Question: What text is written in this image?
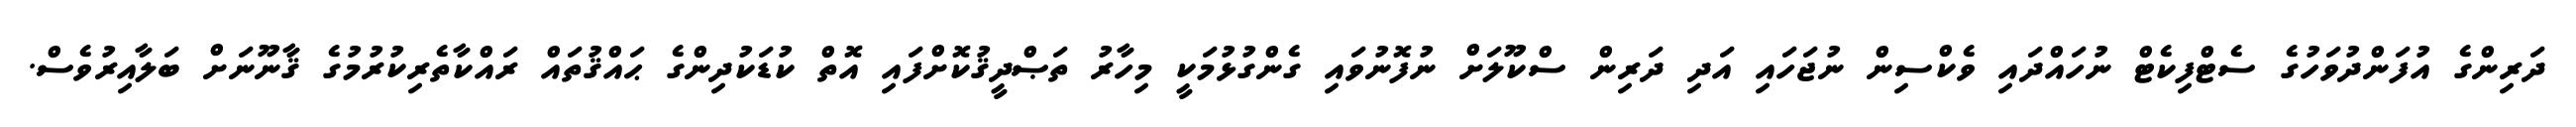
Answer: ދަރިންގެ އުފަންދުވަހުގެ ސެޓްފިކެޓް ނުހައްދައި ވެކްސިން ނުޖަހައި އަދި ދަރިން ސްކޫލަށް ނުފޮނުވައި ގެންގުޅުމަކީ މިހާރު ތަޞްދީޤުކޮށްފައި އޮތް ކުޑަކުދިންގެ ޙައްޤުތައް ރައްކާތެރިކުރުމުގެ ޤާނޫނަށް ބަލާއިރުވެސް.